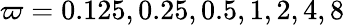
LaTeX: \varpi=0.125,0.25,0.5,1,2,4,8